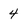
Character: 4